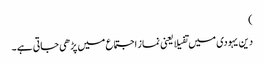
)
دین یہودی میں تفیلا یعنی نماز اجتماع میں پڑھی جاتی ہے ۔